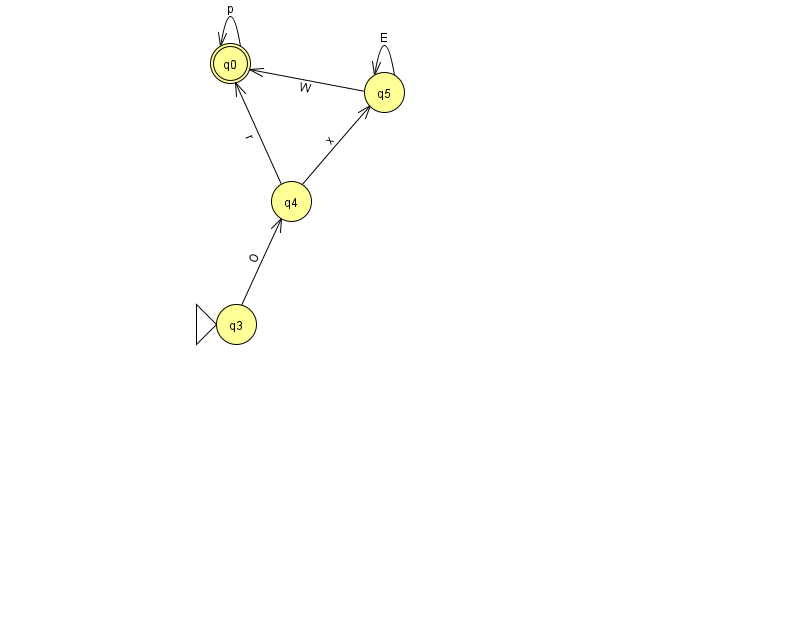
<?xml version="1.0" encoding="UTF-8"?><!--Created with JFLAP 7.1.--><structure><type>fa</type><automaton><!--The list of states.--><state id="0" name="q0"><x>230.0</x><y>50.0</y><final/></state><state id="3" name="q3"><x>236.0</x><y>311.0</y><initial/></state><state id="4" name="q4"><x>291.0</x><y>188.0</y></state><state id="5" name="q5"><x>384.0</x><y>79.0</y></state><!--The list of transitions.--><transition><from>0</from><to>0</to><read>p</read></transition><transition><from>5</from><to>0</to><read>W</read></transition><transition><from>4</from><to>5</to><read>x</read></transition><transition><from>5</from><to>5</to><read>E</read></transition><transition><from>4</from><to>0</to><read>r</read></transition><transition><from>3</from><to>4</to><read>O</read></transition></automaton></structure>